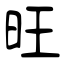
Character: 旺